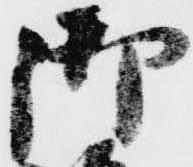
御